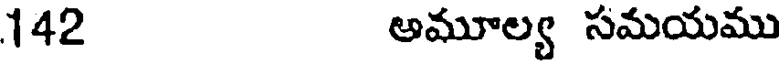
142 అమూల్య సమయము